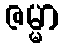
ဇမ္မာ